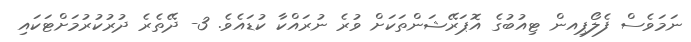
ނަމަވެސް ފެލޯޕިއން ޓިއުބުގެ އޮޕަރޭޝަންތަކަށް ވުރެ ނުރައްކާ ކުޑައެވެ. 3- ދޭތެރެ ދުރުކުރުމަށްޓަކައި